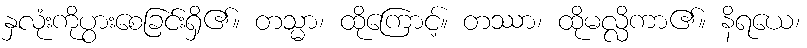
နှလုံးကိုပွားစေခြင်းရှိ၏။ တသ္မာ၊ ထိုကြောင့်။ တဿာ၊ ထိုမလ္လိကာ၏။ နိရယေ၊